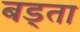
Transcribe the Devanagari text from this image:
बड्ता